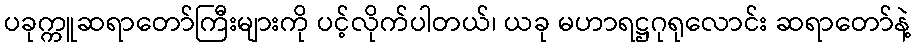
ပခုက္ကူဆရာတော်ကြီးများကို ပင့်လိုက်ပါတယ်၊ ယခု မဟာရဋ္ဌဂုရုလောင်း ဆရာတော်နဲ့